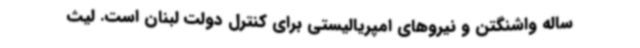
ساله واشنگتن و نیروهای امپریالیستی برای کنترل دولت لبنان است. لیث